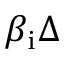
\beta _ { \mathrm { i } } \Delta